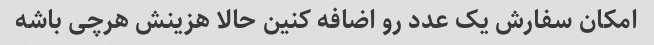
امکان سفارش یک عدد رو اضافه کنین حالا هزینش هرچی باشه